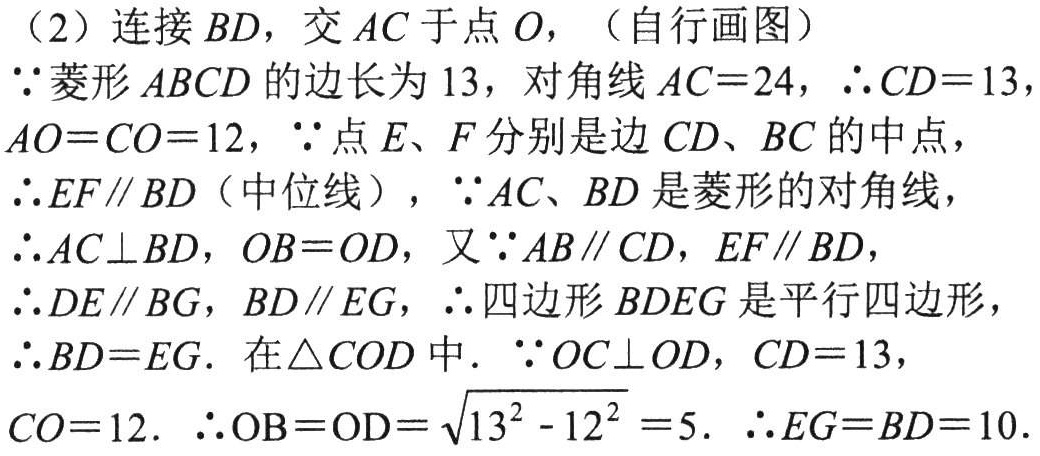
（2）连接 \(BD\)，交 \(AC\) 于点 \(O\)，（自行画图）

\(\because\)菱形 \(ABCD\) 的边长为 \(13\)，对角线 \(AC = 24\)，\(\therefore CD = 13\)，\(AO=CO = 12\)，\(\because\)点 \(E\)、\(F\) 分别是边 \(CD\)、\(BC\) 的中点，

\(\therefore EF\parallel BD\)（中位线），\(\because AC\)、\(BD\) 是菱形的对角线，

\(\therefore AC\perp BD\)，\(OB = OD\)，又\(\because AB\parallel CD\)，\(EF\parallel BD\)，

\(\therefore DE\parallel BG\)，\(BD\parallel EG\)，\(\therefore\)四边形 \(BDEG\) 是平行四边形，

\(\therefore BD = EG\). 在\(\triangle COD\) 中. \(\because OC\perp OD\)，\(CD = 13\)，\(CO = 12\). \(\therefore OB=OD=\sqrt{13^{2}-12^{2}} = 5\). \(\therefore EG = BD = 10\).